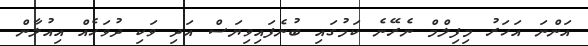
އަންނަ އަހަރު މިފިލްމް ނެރޭނެ ކަމުގައި ބުނެފައިވިޔަސް އަދި ވަކި ދުވަހެއް އިއުލާން